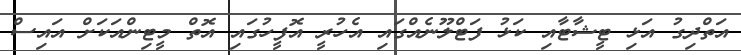
އަތްދިގު އަޅި ޓީޝާޓާއި ކަޅު ފަޓްލޫނެއްގައި އެހުރީ އޮފީހުގައި އޮތް މީޓިންއަކަށް އައިސް